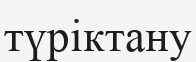
түріктану